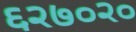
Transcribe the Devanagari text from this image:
६२७०२०